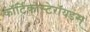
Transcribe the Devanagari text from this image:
कॉर्टिकोस्टेरॉयडस्